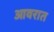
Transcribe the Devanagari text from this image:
आवरात